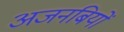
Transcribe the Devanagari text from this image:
अजनबियों